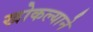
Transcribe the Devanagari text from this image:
खोकल्याने